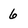
Character: 6